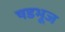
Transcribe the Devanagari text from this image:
षडभूज